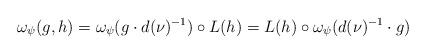
LaTeX: \begin{align*} \omega_\psi(g,h) = \omega_\psi(g \cdot d(\nu)^{-1}) \circ L(h) = L(h) \circ \omega_\psi(d(\nu)^{-1} \cdot g)\end{align*}